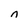
Character: n